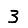
Digit: 3